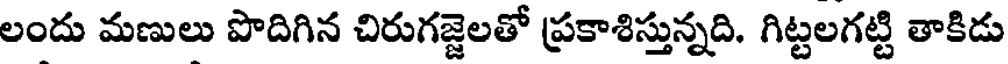
లందు మణులు పొదిగిన చిరుగజ్జెలతో ప్రకాశిస్తున్నది. గిట్టలగట్టి తాకిడు